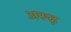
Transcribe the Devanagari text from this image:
अरूढ़